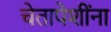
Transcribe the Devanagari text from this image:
चेतापेशींना